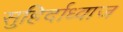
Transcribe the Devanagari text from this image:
सुहिर्दाध्वाज